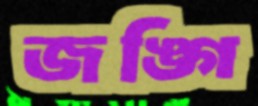
জঙ্গি